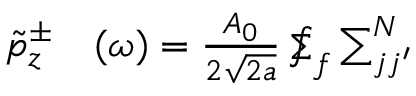
\begin{array} { r l } { \tilde { p } _ { z } ^ { \pm } } & { { } ( \omega ) = \frac { A _ { 0 } } { 2 \sqrt { 2 a } } \sumint _ { f } \sum _ { j j ^ { \prime } } ^ { N } } \end{array}